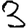
Digit: 3